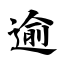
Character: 逾